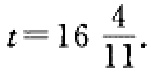
$t = 16\frac{4}{11}.$